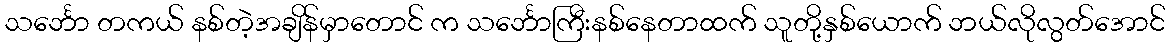
သင်္ဘော တကယ် နစ်တဲ့အချိန်မှာတောင် က သင်္ဘောကြီးနစ်နေတာထက် သူတို့နှစ်ယောက် ဘယ်လိုလွတ်အောင်